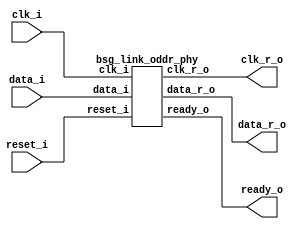


module top
(
  reset_i,
  clk_i,
  data_i,
  ready_o,
  data_r_o,
  clk_r_o
);

  input [31:0] data_i;
  output [15:0] data_r_o;
  input reset_i;
  input clk_i;
  output ready_o;
  output clk_r_o;

  bsg_link_oddr_phy
  wrapper
  (
    .data_i(data_i),
    .data_r_o(data_r_o),
    .reset_i(reset_i),
    .clk_i(clk_i),
    .ready_o(ready_o),
    .clk_r_o(clk_r_o)
  );


endmodule



module bsg_link_oddr_phy
(
  reset_i,
  clk_i,
  data_i,
  ready_o,
  data_r_o,
  clk_r_o
);

  input [31:0] data_i;
  output [15:0] data_r_o;
  input reset_i;
  input clk_i;
  output ready_o;
  output clk_r_o;
  wire [15:0] data_r_o;
  wire ready_o,clk_r_o,N0,N1,odd_r,N2,reset_i_r,N3,clk_r,N4,N5,N6,N7,N8,N9,N10,N11,N12,
  N13,N14,N15,N16,N17,N18,N19,N20;
  wire [31:0] data_i_r;
  reg data_i_r_31_sv2v_reg,data_i_r_30_sv2v_reg,data_i_r_29_sv2v_reg,
  data_i_r_28_sv2v_reg,data_i_r_27_sv2v_reg,data_i_r_26_sv2v_reg,data_i_r_25_sv2v_reg,
  data_i_r_24_sv2v_reg,data_i_r_23_sv2v_reg,data_i_r_22_sv2v_reg,data_i_r_21_sv2v_reg,
  data_i_r_20_sv2v_reg,data_i_r_19_sv2v_reg,data_i_r_18_sv2v_reg,data_i_r_17_sv2v_reg,
  data_i_r_16_sv2v_reg,data_i_r_15_sv2v_reg,data_i_r_14_sv2v_reg,data_i_r_13_sv2v_reg,
  data_i_r_12_sv2v_reg,data_i_r_11_sv2v_reg,data_i_r_10_sv2v_reg,
  data_i_r_9_sv2v_reg,data_i_r_8_sv2v_reg,data_i_r_7_sv2v_reg,data_i_r_6_sv2v_reg,
  data_i_r_5_sv2v_reg,data_i_r_4_sv2v_reg,data_i_r_3_sv2v_reg,data_i_r_2_sv2v_reg,
  data_i_r_1_sv2v_reg,data_i_r_0_sv2v_reg,odd_r_sv2v_reg,reset_i_r_sv2v_reg,clk_r_sv2v_reg,
  clk_r_o_sv2v_reg,data_r_o_15_sv2v_reg,data_r_o_14_sv2v_reg,data_r_o_13_sv2v_reg,
  data_r_o_12_sv2v_reg,data_r_o_11_sv2v_reg,data_r_o_10_sv2v_reg,data_r_o_9_sv2v_reg,
  data_r_o_8_sv2v_reg,data_r_o_7_sv2v_reg,data_r_o_6_sv2v_reg,data_r_o_5_sv2v_reg,
  data_r_o_4_sv2v_reg,data_r_o_3_sv2v_reg,data_r_o_2_sv2v_reg,data_r_o_1_sv2v_reg,
  data_r_o_0_sv2v_reg;
  assign data_i_r[31] = data_i_r_31_sv2v_reg;
  assign data_i_r[30] = data_i_r_30_sv2v_reg;
  assign data_i_r[29] = data_i_r_29_sv2v_reg;
  assign data_i_r[28] = data_i_r_28_sv2v_reg;
  assign data_i_r[27] = data_i_r_27_sv2v_reg;
  assign data_i_r[26] = data_i_r_26_sv2v_reg;
  assign data_i_r[25] = data_i_r_25_sv2v_reg;
  assign data_i_r[24] = data_i_r_24_sv2v_reg;
  assign data_i_r[23] = data_i_r_23_sv2v_reg;
  assign data_i_r[22] = data_i_r_22_sv2v_reg;
  assign data_i_r[21] = data_i_r_21_sv2v_reg;
  assign data_i_r[20] = data_i_r_20_sv2v_reg;
  assign data_i_r[19] = data_i_r_19_sv2v_reg;
  assign data_i_r[18] = data_i_r_18_sv2v_reg;
  assign data_i_r[17] = data_i_r_17_sv2v_reg;
  assign data_i_r[16] = data_i_r_16_sv2v_reg;
  assign data_i_r[15] = data_i_r_15_sv2v_reg;
  assign data_i_r[14] = data_i_r_14_sv2v_reg;
  assign data_i_r[13] = data_i_r_13_sv2v_reg;
  assign data_i_r[12] = data_i_r_12_sv2v_reg;
  assign data_i_r[11] = data_i_r_11_sv2v_reg;
  assign data_i_r[10] = data_i_r_10_sv2v_reg;
  assign data_i_r[9] = data_i_r_9_sv2v_reg;
  assign data_i_r[8] = data_i_r_8_sv2v_reg;
  assign data_i_r[7] = data_i_r_7_sv2v_reg;
  assign data_i_r[6] = data_i_r_6_sv2v_reg;
  assign data_i_r[5] = data_i_r_5_sv2v_reg;
  assign data_i_r[4] = data_i_r_4_sv2v_reg;
  assign data_i_r[3] = data_i_r_3_sv2v_reg;
  assign data_i_r[2] = data_i_r_2_sv2v_reg;
  assign data_i_r[1] = data_i_r_1_sv2v_reg;
  assign data_i_r[0] = data_i_r_0_sv2v_reg;
  assign odd_r = odd_r_sv2v_reg;
  assign reset_i_r = reset_i_r_sv2v_reg;
  assign clk_r = clk_r_sv2v_reg;
  assign clk_r_o = clk_r_o_sv2v_reg;
  assign data_r_o[15] = data_r_o_15_sv2v_reg;
  assign data_r_o[14] = data_r_o_14_sv2v_reg;
  assign data_r_o[13] = data_r_o_13_sv2v_reg;
  assign data_r_o[12] = data_r_o_12_sv2v_reg;
  assign data_r_o[11] = data_r_o_11_sv2v_reg;
  assign data_r_o[10] = data_r_o_10_sv2v_reg;
  assign data_r_o[9] = data_r_o_9_sv2v_reg;
  assign data_r_o[8] = data_r_o_8_sv2v_reg;
  assign data_r_o[7] = data_r_o_7_sv2v_reg;
  assign data_r_o[6] = data_r_o_6_sv2v_reg;
  assign data_r_o[5] = data_r_o_5_sv2v_reg;
  assign data_r_o[4] = data_r_o_4_sv2v_reg;
  assign data_r_o[3] = data_r_o_3_sv2v_reg;
  assign data_r_o[2] = data_r_o_2_sv2v_reg;
  assign data_r_o[1] = data_r_o_1_sv2v_reg;
  assign data_r_o[0] = data_r_o_0_sv2v_reg;
  assign { N20, N19, N18, N17, N16, N15, N14, N13, N12, N11, N10, N9, N8, N7, N6, N5 } = (N0)? data_i_r[15:0] : 
                                                                                         (N1)? data_i_r[31:16] : 1'b0;
  assign N0 = odd_r;
  assign N1 = N2;
  assign ready_o = ~odd_r;
  assign N2 = ~odd_r;
  assign N3 = ~clk_i;
  assign N4 = ~clk_r;

  always @(posedge clk_i) begin
    if(N2) begin
      data_i_r_31_sv2v_reg <= data_i[31];
      data_i_r_30_sv2v_reg <= data_i[30];
      data_i_r_29_sv2v_reg <= data_i[29];
      data_i_r_28_sv2v_reg <= data_i[28];
      data_i_r_27_sv2v_reg <= data_i[27];
      data_i_r_26_sv2v_reg <= data_i[26];
      data_i_r_25_sv2v_reg <= data_i[25];
      data_i_r_24_sv2v_reg <= data_i[24];
      data_i_r_23_sv2v_reg <= data_i[23];
      data_i_r_22_sv2v_reg <= data_i[22];
      data_i_r_21_sv2v_reg <= data_i[21];
      data_i_r_20_sv2v_reg <= data_i[20];
      data_i_r_19_sv2v_reg <= data_i[19];
      data_i_r_18_sv2v_reg <= data_i[18];
      data_i_r_17_sv2v_reg <= data_i[17];
      data_i_r_16_sv2v_reg <= data_i[16];
      data_i_r_15_sv2v_reg <= data_i[15];
      data_i_r_14_sv2v_reg <= data_i[14];
      data_i_r_13_sv2v_reg <= data_i[13];
      data_i_r_12_sv2v_reg <= data_i[12];
      data_i_r_11_sv2v_reg <= data_i[11];
      data_i_r_10_sv2v_reg <= data_i[10];
      data_i_r_9_sv2v_reg <= data_i[9];
      data_i_r_8_sv2v_reg <= data_i[8];
      data_i_r_7_sv2v_reg <= data_i[7];
      data_i_r_6_sv2v_reg <= data_i[6];
      data_i_r_5_sv2v_reg <= data_i[5];
      data_i_r_4_sv2v_reg <= data_i[4];
      data_i_r_3_sv2v_reg <= data_i[3];
      data_i_r_2_sv2v_reg <= data_i[2];
      data_i_r_1_sv2v_reg <= data_i[1];
      data_i_r_0_sv2v_reg <= data_i[0];
    end 
    if(reset_i) begin
      odd_r_sv2v_reg <= 1'b0;
    end else if(1'b1) begin
      odd_r_sv2v_reg <= N2;
    end 
    if(1'b1) begin
      reset_i_r_sv2v_reg <= reset_i;
      data_r_o_15_sv2v_reg <= N20;
      data_r_o_14_sv2v_reg <= N19;
      data_r_o_13_sv2v_reg <= N18;
      data_r_o_12_sv2v_reg <= N17;
      data_r_o_11_sv2v_reg <= N16;
      data_r_o_10_sv2v_reg <= N15;
      data_r_o_9_sv2v_reg <= N14;
      data_r_o_8_sv2v_reg <= N13;
      data_r_o_7_sv2v_reg <= N12;
      data_r_o_6_sv2v_reg <= N11;
      data_r_o_5_sv2v_reg <= N10;
      data_r_o_4_sv2v_reg <= N9;
      data_r_o_3_sv2v_reg <= N8;
      data_r_o_2_sv2v_reg <= N7;
      data_r_o_1_sv2v_reg <= N6;
      data_r_o_0_sv2v_reg <= N5;
    end 
  end


  always @(posedge N3) begin
    if(reset_i_r) begin
      clk_r_sv2v_reg <= 1'b0;
    end else if(1'b1) begin
      clk_r_sv2v_reg <= N4;
    end 
    if(1'b1) begin
      clk_r_o_sv2v_reg <= clk_r;
    end 
  end


endmodule